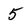
Character: 5